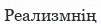
Реализмнің